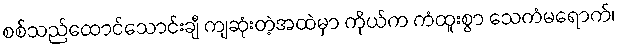
စစ်သည်ထောင်သောင်းချီ ကျဆုံးတဲ့အထဲမှာ ကိုယ်က ကံထူးစွာ သေကံမရောက်၊